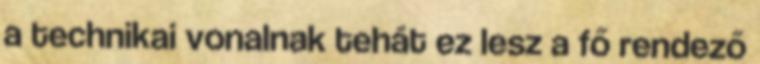
a technikai vonalnak tehát ez lesz a fő rendező